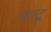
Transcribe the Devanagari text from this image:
फाटू